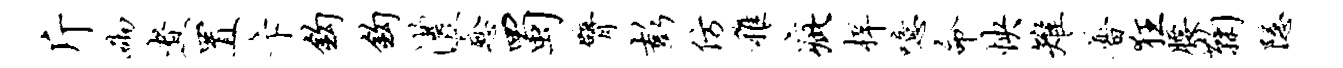
斤砌煮置卞钩钩澧愈蜀臂彭仿稚疵梓噫命怏雉普狂腰鞠隐